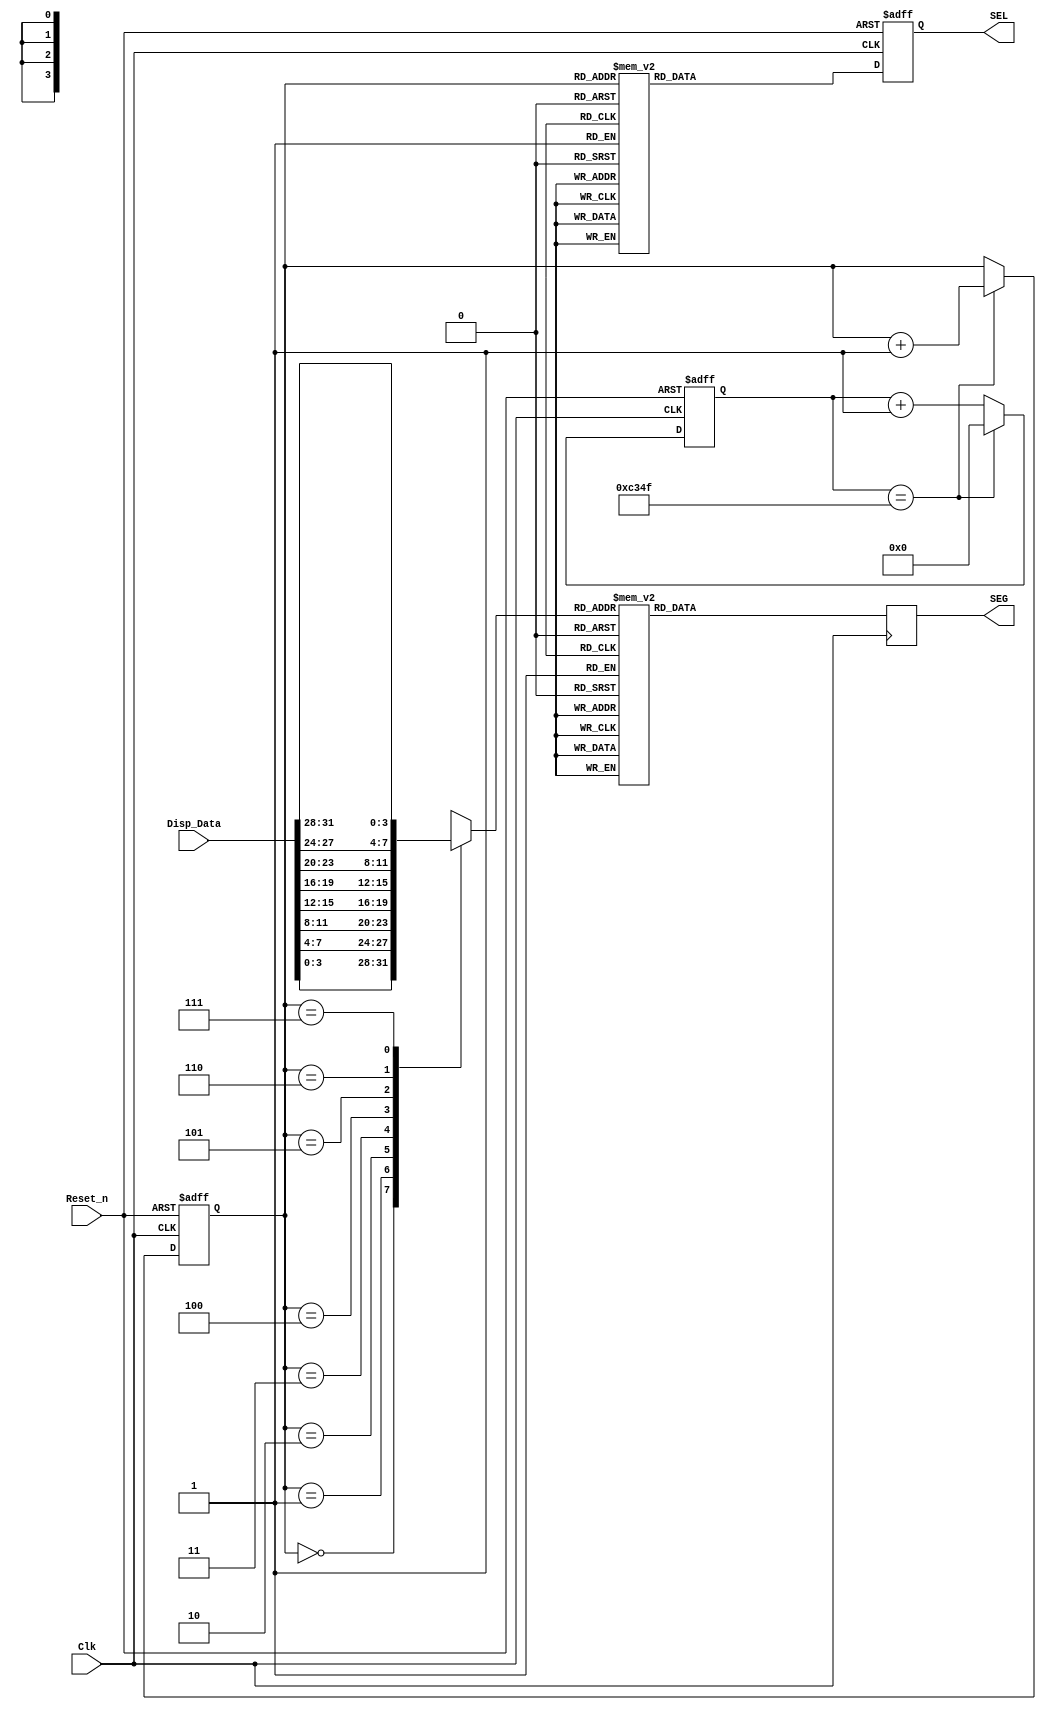
`timescale 1ns / 1ps
//////////////////////////////////////////////////////////////////////////////////
// Company: 
// Engineer: 
// 
// Design Name: 
// Module Name: shuma1
// Project Name: 
// Target Devices: 
// Tool Versions: 
// Description: 
// 
// Dependencies: 
// 
// Revision:
// Revision 0.01 - File Created
// Additional Comments:
// 
// T = 20ns
//////////////////////////////////////////////////////////////////////////////////


module Hex8(
    Clk,
    Reset_n,
    Disp_Data,
    SEL,
    SEG
    );
    input Reset_n;
    input Clk;
    input[31:0] Disp_Data;
    output reg [7:0] SEG;
    output reg [7:0] SEL;
    reg[29:0] cnt;
    reg[2:0] which;
    parameter CLOCK_FREQ = 50_000_000;
    parameter TURN_FREQ = 1000;
    parameter MCNT = CLOCK_FREQ / TURN_FREQ - 1;

    //1ms
    always@(posedge Clk or negedge Reset_n)
    begin
        if (!Reset_n)
            cnt <= 0;
        else if (cnt == MCNT)
            cnt <= 0;
        else
            cnt <= cnt + 1;
    end

    //1ms
    always@(posedge Clk or negedge Reset_n)
    begin
        if (!Reset_n)
            which <= 0;
        else if (cnt == MCNT)
            which <= which + 1;
    end

    //  
    always@(posedge Clk or negedge Reset_n)
    begin
        if (!Reset_n)
            SEL = 8'b00000000;
        else
            begin
                case(which)
                    3'd0:SEL = 8'b00000001;
                    3'd1:SEL = 8'b00000010;
                    3'd2:SEL = 8'b00000100;
                    3'd3:SEL = 8'b00001000;
                    3'd4:SEL = 8'b00010000;
                    3'd5:SEL = 8'b00100000;
                    3'd6:SEL = 8'b01000000;
                    3'd7:SEL = 8'b10000000;
                endcase
            end
    end

    // 
    reg [3:0] data_temp;
    always@(posedge Clk)
    begin
        case(data_temp)
            0:SEG <= 8'b1100_0000;
            1:SEG <= 8'b1111_1001;
            2:SEG <= 8'b1010_0100;
            3:SEG <= 8'b1011_0000;
            4:SEG <= 8'b1001_1001;
            5:SEG <= 8'b1001_0010;
            6:SEG <= 8'b1000_0010;
            7:SEG <= 8'b1111_1000;
            8:SEG <= 8'b1000_0000;
            9:SEG <= 8'b1001_0000;
            10:SEG <= 8'b1000_1000;
            11:SEG <= 8'b1000_0011;
            12:SEG <= 8'b1100_0110;
            13:SEG <= 8'b1010_0001;
            14:SEG <= 8'b1000_0110;
            15:SEG <= 8'b1000_1110;
        endcase
    end

    always@(*)
        case (which)
            0: data_temp <= Disp_Data[3:0];
            1: data_temp <= Disp_Data[7:4];
            2: data_temp <= Disp_Data[11:8];
            3: data_temp <= Disp_Data[15:12];
            4: data_temp <= Disp_Data[19:16];
            5: data_temp <= Disp_Data[23:20];
            6: data_temp <= Disp_Data[27:24];
            7: data_temp <= Disp_Data[31:28];
        endcase
endmodule